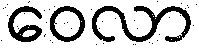
ဝေလာ